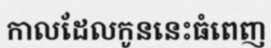
កាលដែលកូននេះធំពេញ